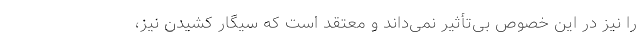
را نیز در این خصوص بی‌تأثیر نمی‌داند و معتقد است که سیگار کشیدن نیز،